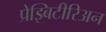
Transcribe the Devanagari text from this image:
प्रेझ्बिटीरिअन